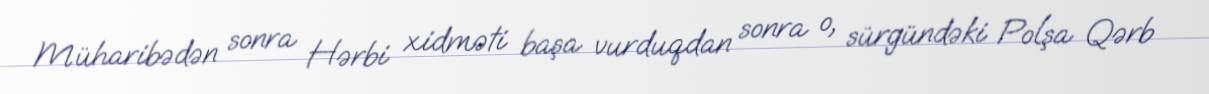
Müharibədən sonra Hərbi xidməti başa vurduqdan sonra o, sürgündəki Polşa Qərb